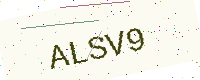
Text: ALSV9